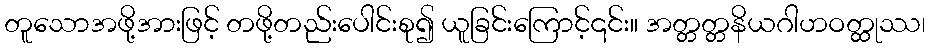
တူသောအဖို့အားဖြင့် တဖို့တည်းပေါင်းစု၍ ယူခြင်းကြောင့်၎င်း။ အတ္တတ္တနိယဂါဟဝတ္ထုဿ၊